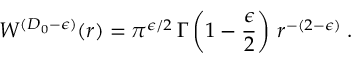
W ^ { ( { D _ { 0 } } - \epsilon ) } ( r ) = \pi ^ { \epsilon / 2 } \, \Gamma \left( 1 - \frac { \epsilon } { 2 } \right) \, r ^ { - ( 2 - \epsilon ) } \; .